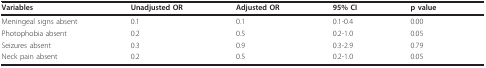
<table><thead><tr><td><b>Variables</b></td><td><b>Unadjusted OR</b></td><td><b>Adjusted OR</b></td><td><b>95% CI</b></td><td><b>p value</b></td></tr></thead><tbody><tr><td>Meningeal signs absent</td><td>0.1</td><td>0.1</td><td>0.1-0.4</td><td>0.00</td></tr><tr><td>Photophobia absent</td><td>0.2</td><td>0.5</td><td>0.2-1.0</td><td>0.05</td></tr><tr><td>Seizures absent</td><td>0.3</td><td>0.9</td><td>0.3-2.9</td><td>0.79</td></tr><tr><td>Neck pain absent</td><td>0.2</td><td>0.5</td><td>0.2-1.0</td><td>0.05</td></tr></tbody></table>